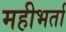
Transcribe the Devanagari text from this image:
महीभर्ता